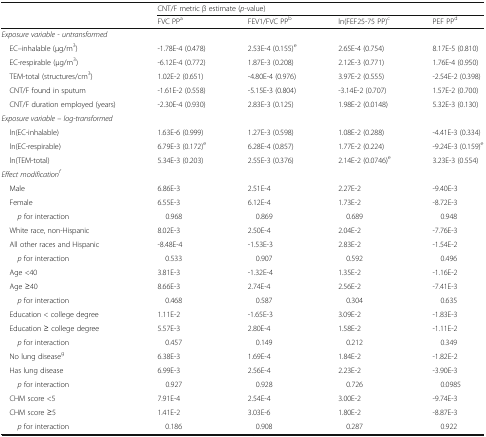
<table><thead><tr><td rowspan="2"></td><td colspan="4"><b>CNT/F metric β estimate (<i>p-</i>value)</b></td></tr><tr><td><b>FVC PP<sup>a</sup></b></td><td><b>FEV1/FVC PP<sup>b</sup></b></td><td><b>ln(FEF25-75 PP)<sup>c</sup></b></td><td><b>PEF PP<sup>d</sup></b></td></tr></thead><tbody><tr><td colspan="5"><i>Exposure variable - untransformed</i></td></tr><tr><td> EC–inhalable (μg/m<sup>3</sup>)</td><td>-1.78E-4 (0.478)</td><td>2.53E-4 (0.155)<sup>e</sup></td><td>2.65E-4 (0.754)</td><td>8.17E-5 (0.810)</td></tr><tr><td> EC-respirable (μg/m<sup>3</sup>)</td><td>-6.12E-4 (0.772)</td><td>1.87E-3 (0.208)</td><td>2.12E-3 (0.771)</td><td>1.76E-4 (0.950)</td></tr><tr><td> TEM-total (structures/cm<sup>3</sup>)</td><td>1.02E-2 (0.651)</td><td>-4.80E-4 (0.976)</td><td>3.97E-2 (0.555)</td><td>-2.54E-2 (0.398)</td></tr><tr><td> CNT/F found in sputum</td><td>-1.61E-2 (0.558)</td><td>-5.15E-3 (0.804)</td><td>-3.14E-2 (0.707)</td><td>1.57E-2 (0.700)</td></tr><tr><td> CNT/F duration employed (years)</td><td>-2.30E-4 (0.930)</td><td>2.83E-3 (0.125)</td><td>1.98E-2 (0.0148)</td><td>5.32E-3 (0.130)</td></tr><tr><td colspan="5"><i>Exposure variable – log-transformed</i></td></tr><tr><td> ln(EC-inhalable)</td><td>1.63E-6 (0.999)</td><td>1.27E-3 (0.598)</td><td>1.08E-2 (0.288)</td><td>-4.41E-3 (0.334)</td></tr><tr><td> ln(EC-respirable)</td><td>6.79E-3 (0.172)<sup>e</sup></td><td>6.28E-4 (0.857)</td><td>1.77E-2 (0.224)</td><td>-9.24E-3 (0.159)<sup>e</sup></td></tr><tr><td> ln(TEM-total)</td><td>5.34E-3 (0.203)</td><td>2.55E-3 (0.376)</td><td>2.14E-2 (0.0746)<sup>e</sup></td><td>3.23E-3 (0.554)</td></tr><tr><td colspan="5"><i>Effect modification</i><sup><i>f</i></sup></td></tr><tr><td> Male</td><td>6.86E-3</td><td>2.51E-4</td><td>2.27E-2</td><td>-9.40E-3</td></tr><tr><td> Female</td><td>6.55E-3</td><td>6.12E-4</td><td>1.73E-2</td><td>-8.72E-3</td></tr><tr><td><i>p</i> for interaction</td><td> 0.968</td><td> 0.869</td><td> 0.689</td><td> 0.948</td></tr><tr><td> White race, non-Hispanic</td><td>8.02E-3</td><td>2.50E-4</td><td>2.04E-2</td><td>-7.76E-3</td></tr><tr><td> All other races and Hispanic</td><td>-8.48E-4</td><td>-1.53E-3</td><td>2.83E-2</td><td>-1.54E-2</td></tr><tr><td><i>p</i> for interaction</td><td> 0.533</td><td> 0.907</td><td> 0.592</td><td> 0.496</td></tr><tr><td> Age &lt;40</td><td>3.81E-3</td><td>-1.32E-4</td><td>1.35E-2</td><td>-1.16E-2</td></tr><tr><td> Age ≥40</td><td>8.66E-3</td><td>2.74E-4</td><td>2.56E-2</td><td>-7.41E-3</td></tr><tr><td><i>p</i> for interaction</td><td> 0.468</td><td> 0.587</td><td> 0.304</td><td> 0.635</td></tr><tr><td> Education &lt; college degree</td><td>1.11E-2</td><td>-1.65E-3</td><td>3.09E-2</td><td>-1.83E-3</td></tr><tr><td> Education ≥ college degree</td><td>5.57E-3</td><td>2.80E-4</td><td>1.58E-2</td><td>-1.11E-2</td></tr><tr><td><i>p</i> for interaction</td><td> 0.457</td><td> 0.149</td><td> 0.212</td><td> 0.349</td></tr><tr><td> No lung disease<sup>g</sup></td><td>6.38E-3</td><td>1.69E-4</td><td>1.84E-2</td><td>-1.82E-2</td></tr><tr><td> Has lung disease</td><td>6.99E-3</td><td>2.56E-4</td><td>2.23E-2</td><td>-3.90E-3</td></tr><tr><td><i>p</i> for interaction</td><td> 0.927</td><td> 0.928</td><td> 0.726</td><td> 0.0985</td></tr><tr><td> CHM score &lt;5</td><td>7.91E-4</td><td>2.54E-4</td><td>3.00E-2</td><td>-9.74E-3</td></tr><tr><td> CHM score ≥5</td><td>1.41E-2</td><td>3.03E-6</td><td>1.80E-2</td><td>-8.87E-3</td></tr><tr><td><i>p</i> for interaction</td><td> 0.186</td><td> 0.908</td><td> 0.287</td><td> 0.922</td></tr></tbody></table>